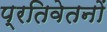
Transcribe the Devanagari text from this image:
प्रतिवेतनों